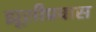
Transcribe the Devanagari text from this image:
झूसीप्रवास